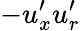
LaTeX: -u_{x}^{\prime}u_{r}^{\prime}